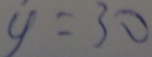
y = 3 0